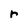
Character: r